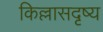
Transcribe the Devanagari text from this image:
किल्लासदृष्य